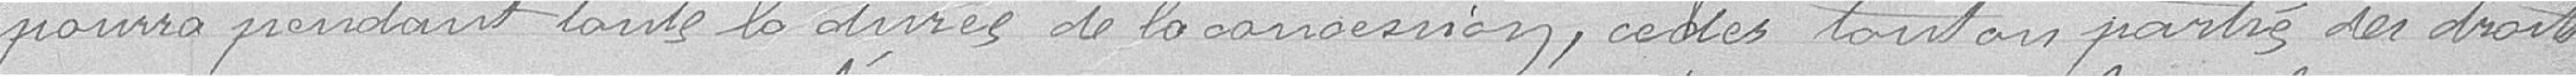
pourra pendant toute la durée de la concession, céder tout ou partie des droits